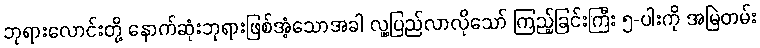
ဘုရားလောင်းတို့ နောက်ဆုံးဘုရားဖြစ်အံ့သောအခါ လူ့ပြည်လာလိုသော် ကြည့်ခြင်းကြီး ၅-ပါးကို အမြဲတမ်း